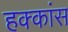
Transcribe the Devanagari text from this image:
हक्कांस